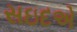
સઇદએ